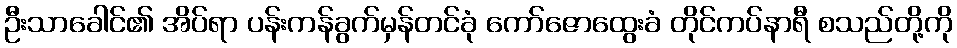
ဦးသာခေါင်၏ အိပ်ရာ ပန်းကန်ခွက်မှန်တင်ခုံ ကော်ဇောထွေးခံ တိုင်ကပ်နာရီ စသည်တို့ကို